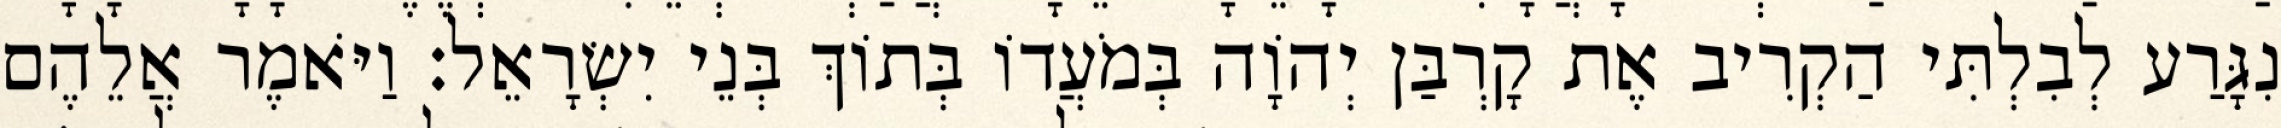
נִגָּרַע לְבִלְתִּי הַקְרִיב אֶת קָרְבַּן יְהוָֹה בְּמֹעֲדוֹ בְּתוֹךְ בְּנֵי יִשְׂרָאֵל׃ וַיֹּאמֶר אֲלֵהֶם